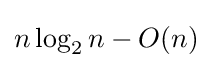
n\log _{2}n-O(n)